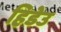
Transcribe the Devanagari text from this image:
हिडेउ